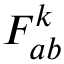
F _ { a b } ^ { k }